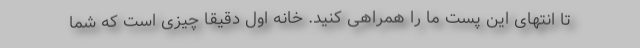
تا انتهای این پست ما را همراهی کنید. خانه اول دقیقا چیزی است که شما